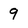
Character: 9